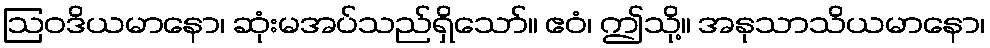
ဩဝဒိယမာနော၊ ဆုံးမအပ်သည်ရှိသော်။ ဧဝံ၊ ဤသို့။ အနုသာသိယမာနော၊